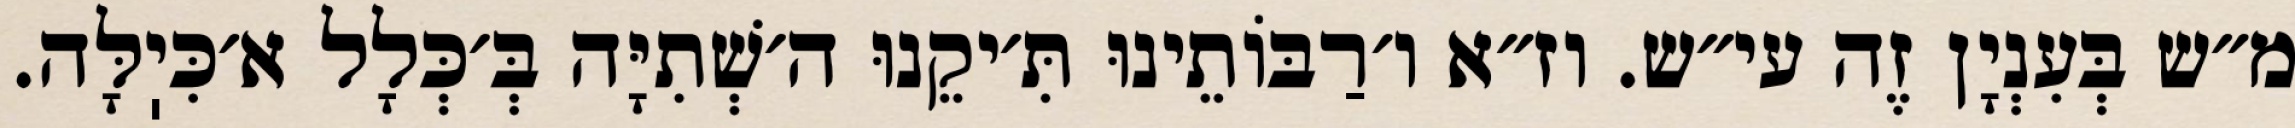
מ״ש בְּעִנְיָן זֶה עי״ש. וז״א ו׳רַבּוֹתֵינוּ תִּ׳יקֵנוּ ה׳שְׁתִיָּה בְּ׳כְּלָל א׳כִּיֽלָּה.